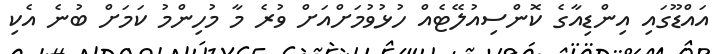
އައްޑޫގައި އިންޑިއާގެ ކޮންސިއުލޭޓެއް ހުޅުވުމަށްއަށް ވުރެ މާ މުހިންމު ކަމަށް ބުނެ އެކި